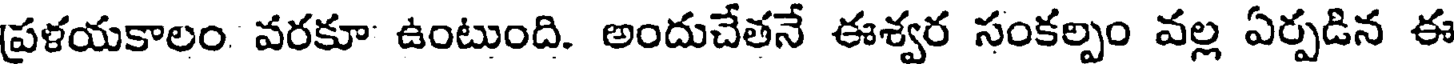
ప్రళయకాలం వరకూ ఉంటుంది. అందుచేతనే ఈశ్వర సంకల్పం వల్ల ఏర్పడిన ఈ